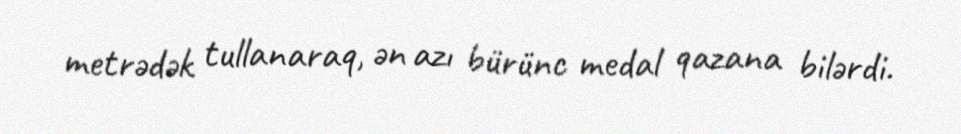
metrədək tullanaraq, ən azı bürünc medal qazana bilərdi.